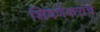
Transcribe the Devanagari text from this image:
शिवणेकरांचे